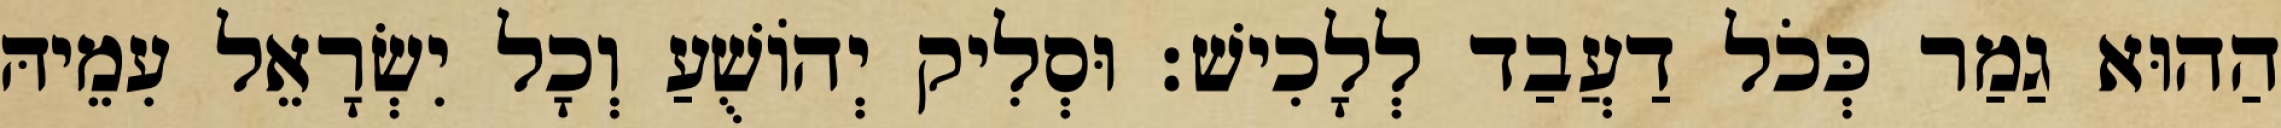
הַהוּא גַמַר כְּכֹל דַעֲבַד לְלָכִישׁ׃ וּסְלִיק יְהוֹשֻׁעַ וְכָל יִשְׂרָאֵל עִמֵיהּ